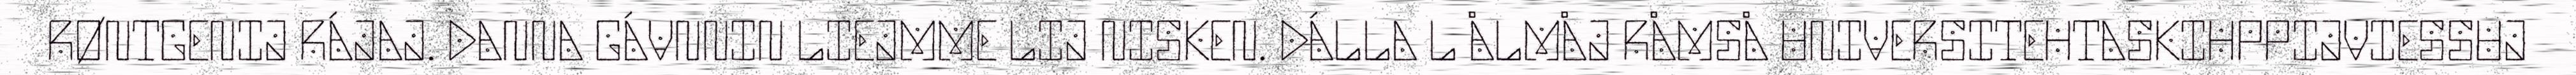
RØNTGENIJ RÁJAJ. DANNA GÁVNNIN LIEJMME LIJ NISKEN. DÁLLA L ÅLMÅJ RÅMSÅ UNIVERSITEHTASKIHPPIJVIESSUJ